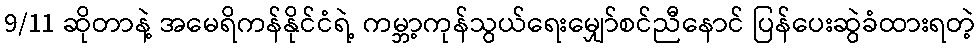
9/11 ဆိုတာနဲ့ အမေရိကန်နိုင်ငံရဲ့ ကမ္ဘာ့ကုန်သွယ်ရေးမျှော်စင်ညီနောင် ပြန်ပေးဆွဲခံထားရတဲ့